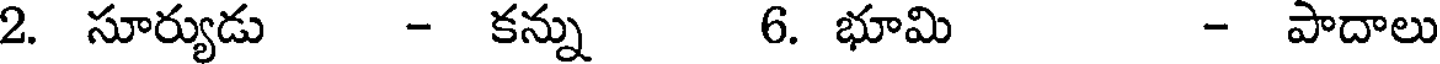
2. సూర్యుడు - కన్ను 6. భూమి - పాదాలు